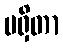
မရှိတာ